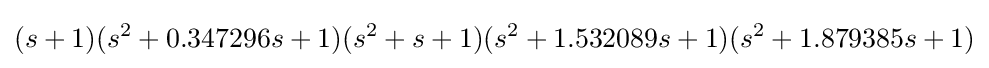
(s+1)(s^{2}+0.347296s+1)(s^{2}+s+1)(s^{2}+1.532089s+1)(s^{2}+1.879385s+1)